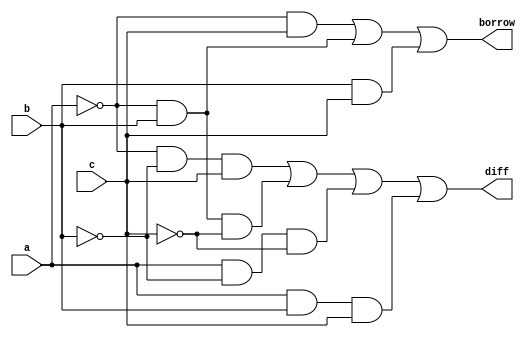
`timescale 1ns / 1ps 
module full_sub(borrow,diff,a,b,c);
 output borrow,diff;
 wire borrow, diff;
 input a,b,c;
// wire w1,w4,w5,w6;
// xor (diff,a,b,c);
// not n1(w1,a);
// and a1(w4,w1,b);
// and a2(w5,w1,c);
// and a3(w6,b,c);
// or o1(borrow,w4,w5,w6);
// wire acomp, bcomp, ccomp;
assign diff= ((~a & ~b & c) | (~a & b & ~c) | (a & ~b & ~c) | (a & b & c));
assign borrow= ((~a & c) | (~a & b) | (b & c));

// not g4(abar, a);
// not g3(v1bar, v1);
// xor g1(v1,a,b);
// xor g2(diff, v1, c);
// and g5(v2, abar, a);
// and g6(v3, v1bar, c);
// or g7(borrow, v2, v3); 
endmodule